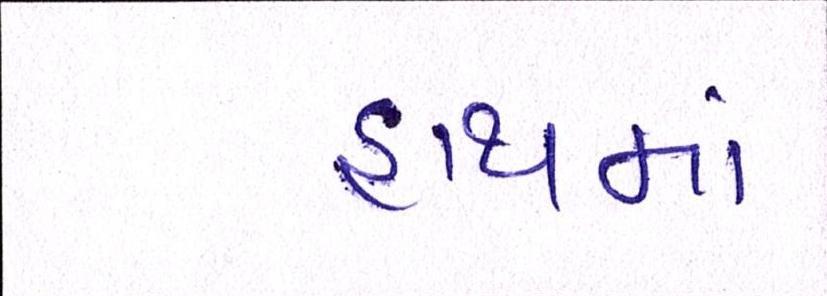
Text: હાથમાં